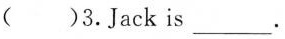
()3.Jack is ___ .